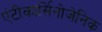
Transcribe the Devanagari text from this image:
एंटीकार्सिनोजेनिक